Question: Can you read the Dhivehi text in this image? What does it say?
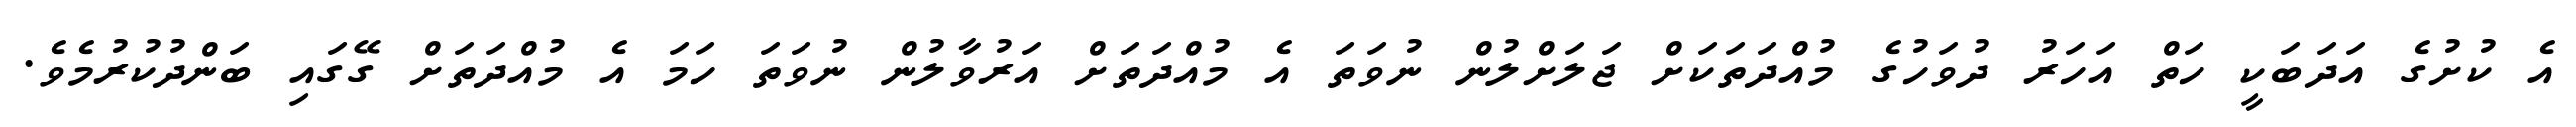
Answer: އެ ކުށުގެ އަދަބަކީ ހަތް އަހަރު ދުވަހުގެ މުއްދަތަކަށް ޖަލަށްލުން ނުވަތަ އެ މުއްދަތަށް އަރުވާލުން ނުވަތަ ހަމަ އެ މުއްދަތަށް ގޭގައި ބަންދުކުރުމެވެ.